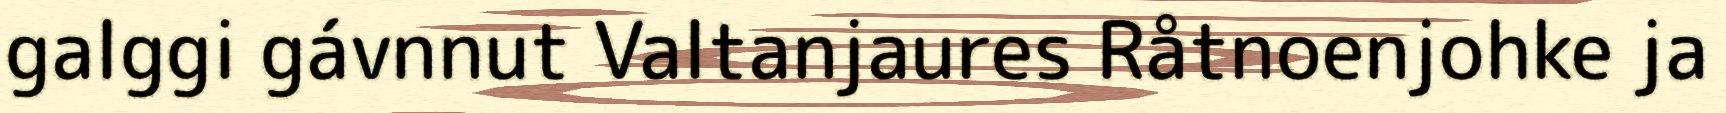
galggi gávnnut Valtanjaures Råtnoenjohke ja